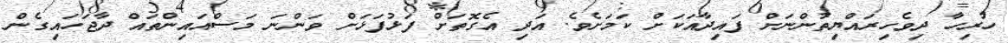
ހުރިހާ ދިވެހިރައްޔިތުންނަށް ފައިދާއަކަށް ކަމަށެވެ. އަދި އެގޮތަށް ފަޅުފަޅަށް ވަންނަ މަސްއައިންތައް ދާޖަހައިގެން